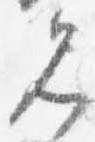
見